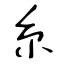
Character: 糸